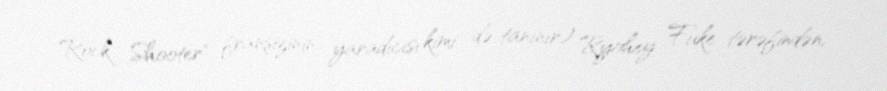
Rock Shooter" franşizinin yaradıcısı kimi də tanınır) Ryohey Fuke tərəfindən,